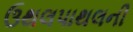
ઉથલપાથલની